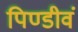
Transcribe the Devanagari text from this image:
पिण्डीवं